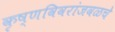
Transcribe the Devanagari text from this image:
कृष्णविवरांजवळचे